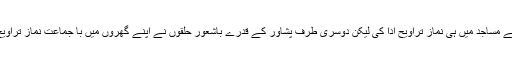
اسی اعتقاد کی بنیاد پر انہوں نے مساجد میں ہی نماز تراویح ادا کی لیکن دوسری طرف پشاور کے قدرے باشعور حلقوں نے اپنے گھروں میں با جماعت نماز تراویح پڑھانے کا انتظام کر لیا ہے۔